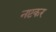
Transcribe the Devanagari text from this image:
नष्टकर